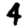
Digit: 4